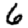
Digit: 6